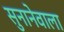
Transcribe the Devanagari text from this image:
सुनानेवाला